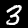
Digit: 3